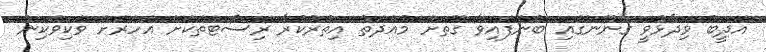
އަދީބު ވިދާޅުވީ ގާނޫނުގައި ބުނެފައިވާ ގޮތަށް މުއްދަތު އިތުރުކުރާ ރިސޯޓްތަކަށް އަހަރަށް ވަކިވަކިން